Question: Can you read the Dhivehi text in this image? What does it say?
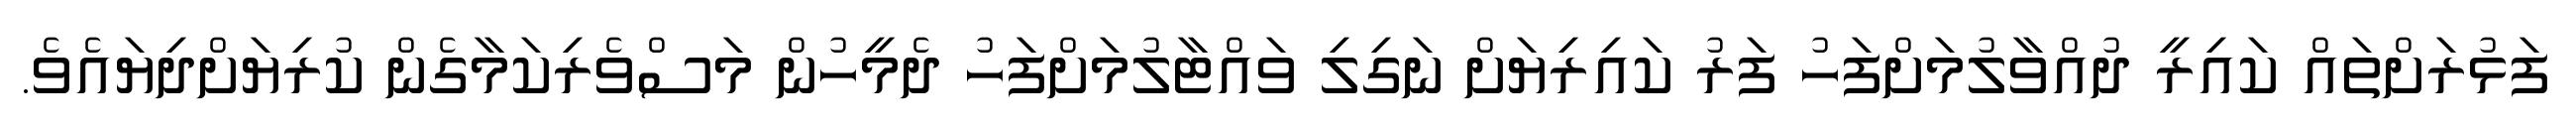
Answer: ފަޅުރަށްތައް ކައިރީ ދުއްވާލުމަށްފަހު ފަރު ކައިރިޔަށް ނަގިލި ވައްޓާލުމަށްފަހު ދެމީހުން މަސްވެރިކަމާގެން ކުރިޔަށްދިޔައެވެ.